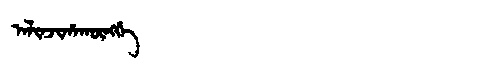
Manchu: ᠠᠯᡳᠨᠵᡳᡥᠠᡴᡡᠩᡤᡝ
Romanization: ALINJIHAKŪNGGE